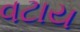
વટાય